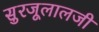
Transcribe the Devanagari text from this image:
सुरजूलालजी